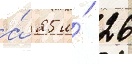
а́ 25 и́ 26